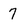
Character: 7